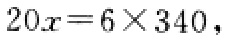
$20x = 6\times340$